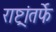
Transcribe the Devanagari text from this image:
राष्ट्रांतर्फे